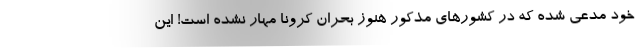
خود مدعی شده که در کشورهای مذکور هنوز بحران کرونا مهار نشده است! این